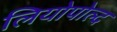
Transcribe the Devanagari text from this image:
लियोपोल्द